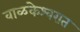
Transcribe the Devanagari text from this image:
वाळकेश्वरात